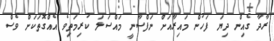
ރާދާ ގެއިން ދިޔަ ފަހުން މައިރާއަށް ނަފްސާނީ މައްސަލަ ކުރިމަތިވެ އެއްގޮތަކަށް ވެސް